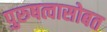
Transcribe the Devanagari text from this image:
पुरुषत्वासोबत